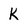
Character: K